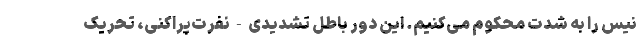
نیس را به شدت محکوم ‌می‌کنیم. این دور باطل تشدیدی - نفرت‌پراکنی، تحریک